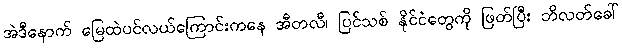
အဲဒီနောက် မြေထဲပင်လယ်ကြောင်းကနေ အီတလီ၊ ပြင်သစ် နိုင်ငံတွေကို ဖြတ်ပြီး ဘိလတ်ခေါ်